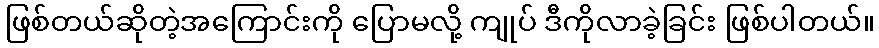
ဖြစ်တယ်ဆိုတဲ့အကြောင်းကို ပြောမလို့ ကျုပ် ဒီကိုလာခဲ့ခြင်း ဖြစ်ပါတယ်။